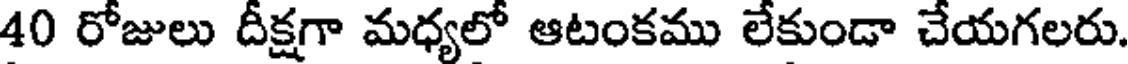
40 రోజులు దీక్షగా మధ్యలో ఆటంకము లేకుండా చేయగలరు.